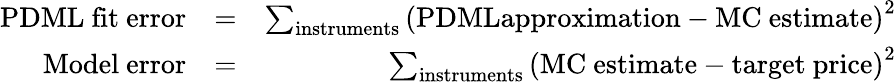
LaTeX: \begin{array}{rlr}{\mathrm{PDML~fit~error}}&{=}&{\sum_{\mathrm{instruments}}\left(\mathrm{PDMLapproximation}-\mathrm{MC~estimate}\right)^{2}}\\ {\mathrm{Model~error}}&{=}&{\sum_{\mathrm{instruments}}\left(\mathrm{MC~estimate}-\mathrm{target~price}\right)^{2}}\end{array}